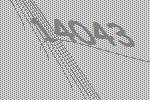
14043